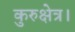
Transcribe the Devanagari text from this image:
कुरुक्षेत्र।